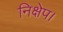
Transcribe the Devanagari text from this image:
निक्षेप।